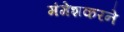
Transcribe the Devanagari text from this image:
मंगेशकरने